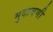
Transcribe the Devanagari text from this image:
मुदावणी